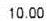
10.00